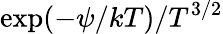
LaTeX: \exp(-\psi/kT)/T^{3/2}